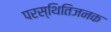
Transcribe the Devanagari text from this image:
परस्थितिजनक